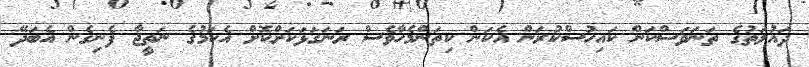
ދައުލަތުގެ ތަނަވަސްކަން ކައިހުސްކުރަން އެކަން ކިތަންމެހާވެސް ރަނަގަޅަކަށްކޮށް އެކަމުގެ ނަތީޖާ ފެނިގެން އެބަދޭ